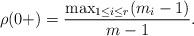
LaTeX: \begin{align*} \rho(0+) = \frac{\max_{1\le i\le r}(m_i-1)}{m-1}.\end{align*}